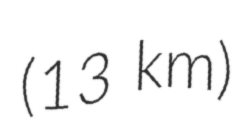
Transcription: (13 km)